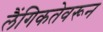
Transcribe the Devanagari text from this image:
लैंगिकतेवरून